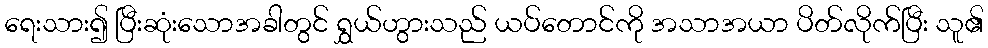
ရေးသား၍ ပြီးဆုံးသောအခါတွင် ရွှယ်ဟွားသည် ယပ်တောင်ကို အသာအယာ ပိတ်လိုက်ပြီး သူ၏